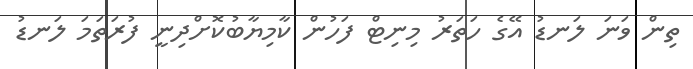
ތިން ވަނަ ލަނޑު އޭގެ ހަތަރު މިނިޓް ފަހުން ކާމިޔާބުކޮށްދިނީ ފުރަތަމަ ލަނޑު